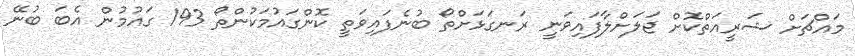
މައްޗަށް ޝަރީއަތްކޮށް ޖަލަށްލާފައިވަނީ ރަނގަޅަށްތޯ ބުނެފައިވަތީ ކޮންގައުމަކުންތޯ 193 ގައުމުން އެބަ ބުނޭ